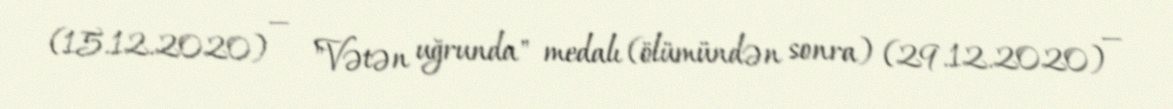
(15.12.2020) — "Vətən uğrunda" medalı (ölümündən sonra) (29.12.2020) —